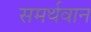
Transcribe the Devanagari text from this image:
समर्थवान